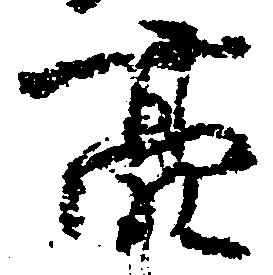
亮